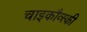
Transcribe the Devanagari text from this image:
चाइकौव्स्की